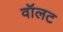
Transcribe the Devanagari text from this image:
वॉलट